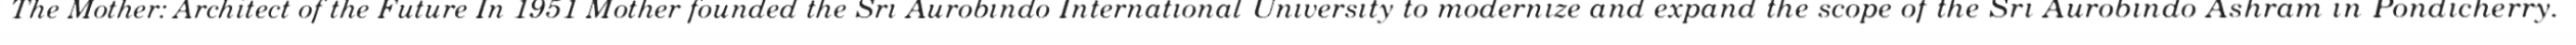
The Mother: Architect of the Future In 1951 Mother founded the Sri Aurobindo International University to modernize and expand the scope of the Sri Aurobindo Ashram in Pondicherry.